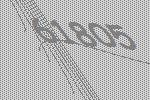
61805